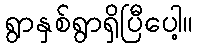
ရွာနှစ်ရွာရှိပြီပေါ့။